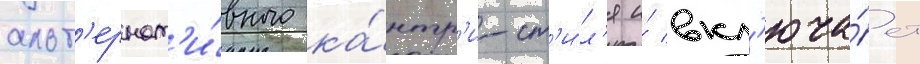
альт'ернат'и́вного ка́нтр'и-ст'и́л'я и́ вкл'юча́ет